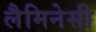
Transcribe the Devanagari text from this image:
लैमिनेसी